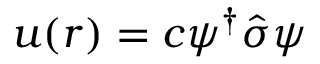
\boldsymbol { u } ( \boldsymbol { r } ) = c \boldsymbol { \psi } ^ { \dagger } \boldsymbol { \hat { \sigma } } \boldsymbol { \psi }